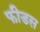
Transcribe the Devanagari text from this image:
फीडस